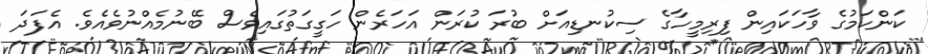
ކަންކަމުގެ ވާހަކައިން ފިރިމީހާގެ ސިކުނޑިއަށް ބުރަ ކުރަން އަހަރެން ހަގީގަތުގައިވެސް ބޭނުމެއްނުވެއެވެ. އެފަދަ